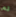
لم